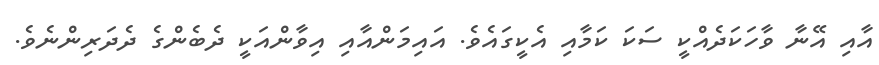
އާއި އޭނާ ވާހަކަދެއްކީ ސަކަ ކަމާއި އެކީގައެވެ. އައިމަންއާއި އިވާންއަކީ ދެބެންގެ ދެދަރިންނެވެ.